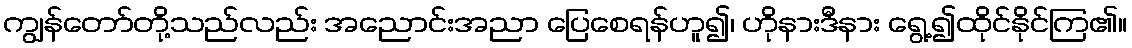
ကျွန်တော်တို့သည်လည်း အညောင်းအညာ ပြေစေရန်ဟူ၍၊ ဟိုနားဒီနား ရွေ့၍ထိုင်နိုင်ကြ၏။